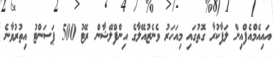
އައިއެމްއެފްއިން ލަފާކުރާ ގޮތުގައި މިއަހަރު ވެނެޒުއޭލާގެ އިންފްލޭޝާން ރޭޓު 500 ޕަސަންޓު އިތުރުވާނެ